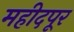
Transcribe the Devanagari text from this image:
महीदपूर